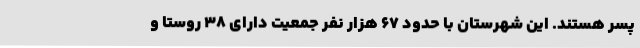
پسر هستند. این شهرستان با حدود ۶۷ هزار نفر جمعیت دارای ۳۸ روستا و